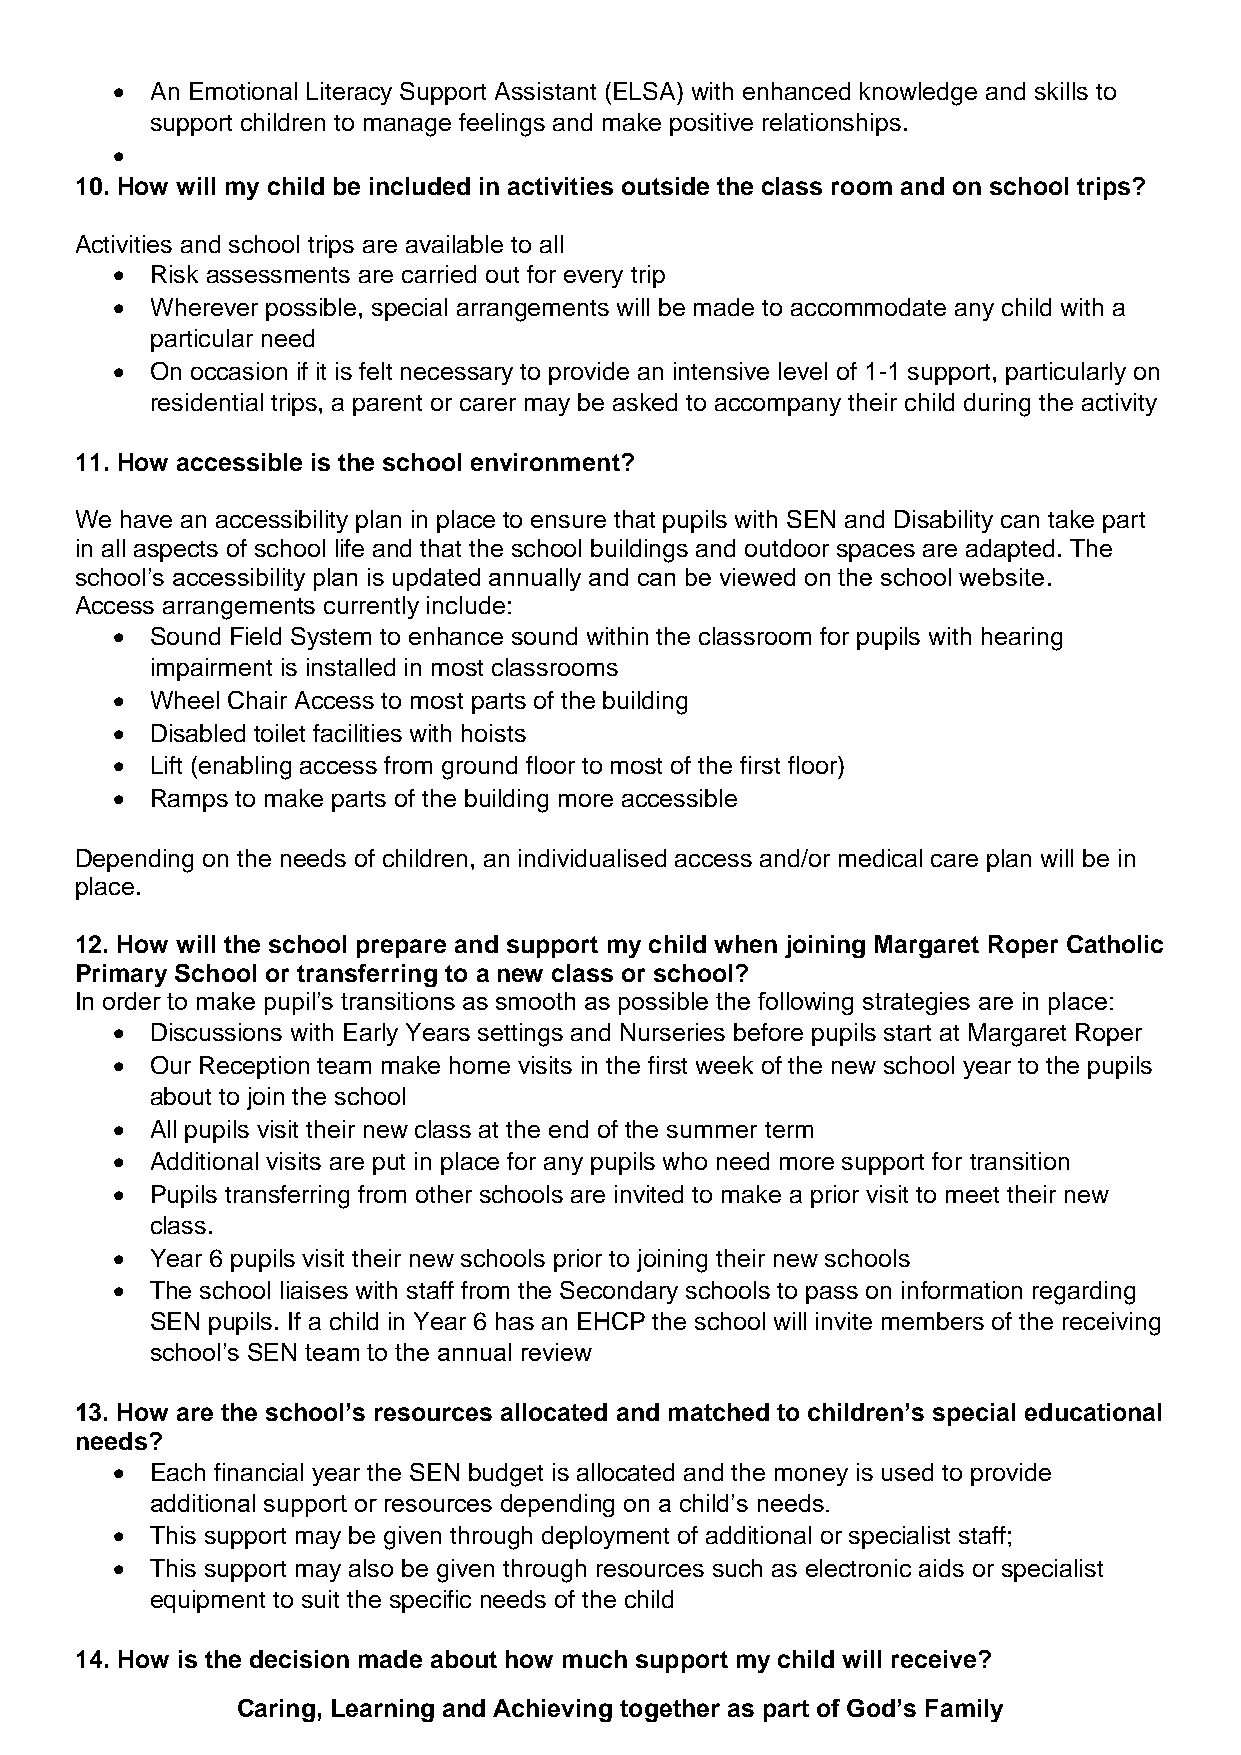
•  An Emotional Literacy Support Assistant (ELSA) with enhanced knowledge and skills to
 support children to manage feelings and make positive relationships.
 •
 10. How will my child be included in activities outside the class room and on school trips?
 Activities and school trips are available to all
 •  Risk assessments are carried out for every trip
 •  Wherever possible, special arrangements will be made to accommodate any child with a
 particular need
 •  On occasion if it is felt necessary to provide an intensive level of 1-1 support, particularly on
 residential trips, a parent or carer may be asked to accompany their child during the activity
 11. How accessible is the school environment?
 We have an accessibility plan in place to ensure that pupils with SEN and Disability can take part
 in all aspects of school life and that the school buildings and outdoor spaces are adapted. The
 school’s accessibility plan is updated annually and can be viewed on the school website.
 Access arrangements currently include:
 •  Sound Field System to enhance sound within the classroom for pupils with hearing
 impairment is installed in most classrooms
 •  Wheel Chair Access to most parts of the building
 •  Disabled toilet facilities with hoists
 •  Lift (enabling access from ground floor to most of the first floor)
 •  Ramps to make parts of the building more accessible
 Depending on the needs of children, an individualised access and/or medical care plan will be in
 place.
 12. How will the school prepare and support my child when joining Margaret Roper Catholic
 Primary School or transferring to a new class or school?
 In order to make pupil’s transitions as smooth as possible the following strategies are in place:
 •  Discussions with Early Years settings and Nurseries before pupils start at Margaret Roper
 •  Our Reception team make home visits in the first week of the new school year to the pupils
 about to join the school
 •  All pupils visit their new class at the end of the summer term
 •  Additional visits are put in place for any pupils who need more support for transition
 •  Pupils transferring from other schools are invited to make a prior visit to meet their new
 class.
 •  Year 6 pupils visit their new schools prior to joining their new schools
 •  The school liaises with staff from the Secondary schools to pass on information regarding
 SEN pupils. If a child in Year 6 has an EHCP the school will invite members of the receiving
 school’s SEN team to the annual review
 13. How are the school’s resources allocated and matched to children’s special educational
 needs?
 •  Each financial year the SEN budget is allocated and the money is used to provide
 additional support or resources depending on a child’s needs.
 •  This support may be given through deployment of additional or specialist staff;
 •  This support may also be given through resources such as electronic aids or specialist
 equipment to suit the specific needs of the child
 14. How is the decision made about how much support my child will receive?
 Caring, Learning and Achieving together as part of God’s Family